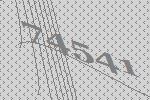
74541